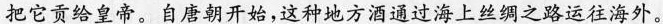
把它贡给皇帝。自唐朝开始，这种地方酒通过海上丝绸之路运往海外。